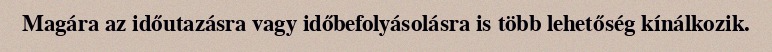
Magára az időutazásra vagy időbefolyásolásra is több lehetőség kínálkozik.